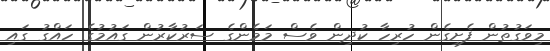
މިވަގުތުން ފެށިގެން ހުރިހާ ކުދިން ވެސް މަމެންގެ ސަރުކާރުން ގައުމުގެ ހައްގު ގައި